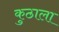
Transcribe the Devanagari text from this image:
कुठाला